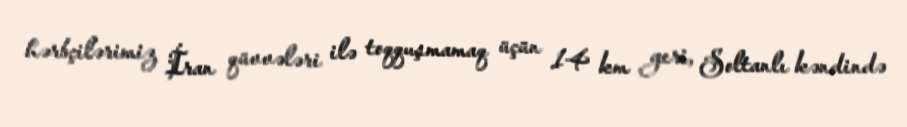
hərbçilərimiz İran qüvvələri ilə toqquşmamaq üçün 14 km geri, Soltanlı kəndində